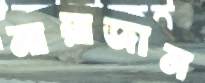
মায়াজান